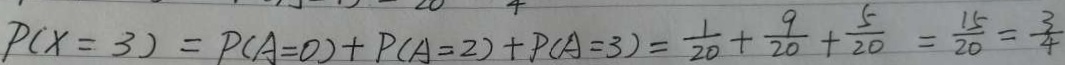
P ( X = 3 ) = P ( A = 0 ) + P ( A = 2 ) + P ( A = 3 ) = \frac { 1 } { 2 0 } + \frac { 9 } { 2 0 } + \frac { 5 } { 2 0 } = \frac { 1 5 } { 2 0 } = \frac { 3 } { 4 }